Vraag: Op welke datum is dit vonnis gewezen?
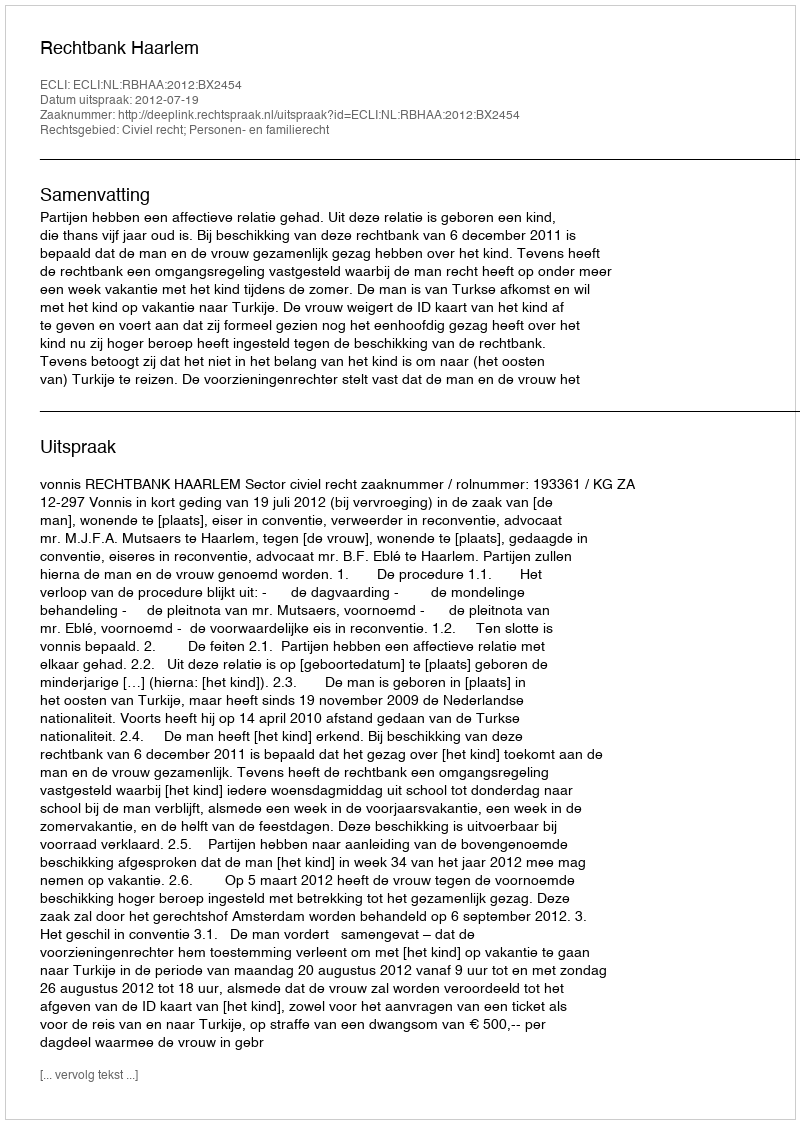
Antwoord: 2012-07-19